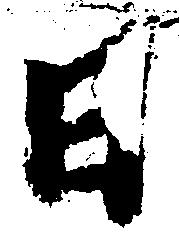
日